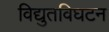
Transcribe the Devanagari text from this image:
विद्युतविघटन